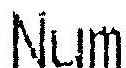
NUM